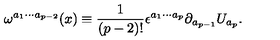
\omega ^ { a _ { 1 } \cdots a _ { p - 2 } } ( x ) \equiv \frac { 1 } { ( p - 2 ) ! } \epsilon ^ { a _ { 1 } \cdots a _ { p } } \partial _ { a _ { p - 1 } } U _ { a _ { p } } .